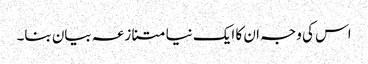
اس کی وجہ ان کا ایک نیا متنازعہ بیان بنا۔